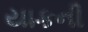
યાકની